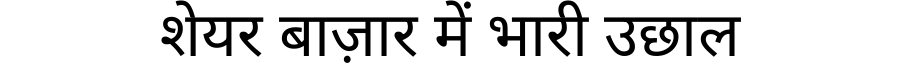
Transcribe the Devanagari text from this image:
शेयर बाज़ार में भारी उछाल